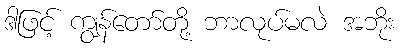
ဒါဖြင့် ကျွန်တော်တို့ ဘာလုပ်မလဲ အဘိုး